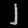
Digit: ၂